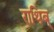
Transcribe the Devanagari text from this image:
राथिब्